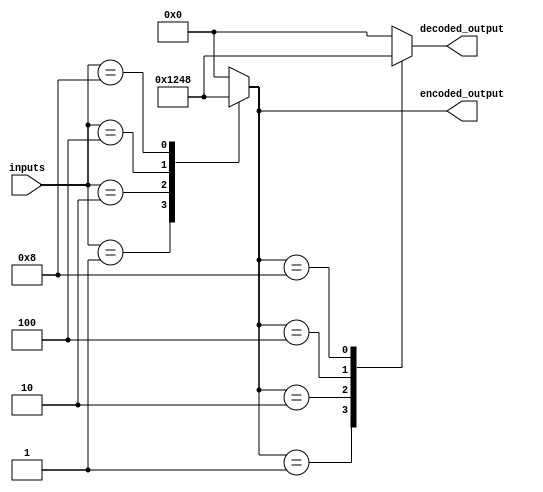
module priority_encoder_decoder(
    input [3:0] inputs,
    output reg [3:0] encoded_output,
    output reg [3:0] decoded_output
);

always @(*) begin
    // Priority Encoder logic
    case(inputs)
        4'b0001: encoded_output = 4'b0001;
        4'b0010: encoded_output = 4'b0010;
        4'b0100: encoded_output = 4'b0100;
        4'b1000: encoded_output = 4'b1000;
        default: encoded_output = 4'b0000; // Invalid input
    endcase

    // Priority Decoder logic
    case(encoded_output)
        4'b0001: decoded_output = 4'b0001;
        4'b0010: decoded_output = 4'b0010;
        4'b0100: decoded_output = 4'b0100;
        4'b1000: decoded_output = 4'b1000;
        default: decoded_output = 4'b0000; // Invalid output
    endcase
end

endmodule